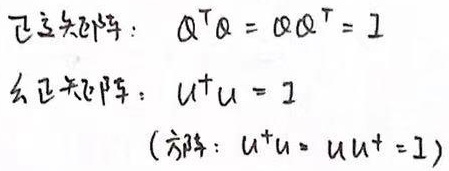
\[
\begin{align*}
&\text{正交矩阵：} \quad \boldsymbol{Q}^T\boldsymbol{Q} = \boldsymbol{Q}\boldsymbol{Q}^T = \boldsymbol{I}\\
&\text{幺正矩阵：} \quad \boldsymbol{U}^\dagger\boldsymbol{U} = \boldsymbol{I}\\
&(\text{方阵：} \quad \boldsymbol{U}^\dagger\boldsymbol{U} = \boldsymbol{U}\boldsymbol{U}^\dagger = \boldsymbol{I})
\end{align*}
\]